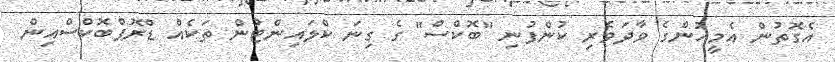
އެގޮތުން އެމީހުންގެ ވާދަވެރި ކުންފުނި "ބޮކްސް" ގެ ގިނަ ކްލައިންޓުން ތަކެއް ޑްރޮޕްބޮކްސްއިން